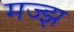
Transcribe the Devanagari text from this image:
मज्झ